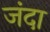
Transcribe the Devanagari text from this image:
जंदा